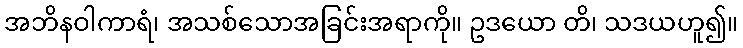
အဘိနဝါကာရံ၊ အသစ်သောအခြင်းအရာကို။ ဥဒယော တိ၊ သဒယဟူ၍။